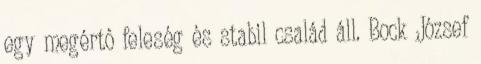
egy megértô feleség és stabil család áll. Bock József